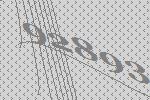
92893